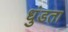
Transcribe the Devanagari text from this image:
धुंडता